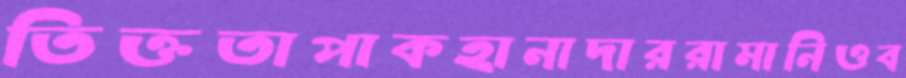
তিক্ততাপাকহানাদাররামানিওব